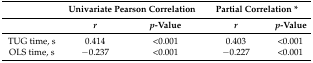
|  | <COLSPAN=2> Univariate Pearson Correlation | <COLSPAN=2> Partial Correlation * |
 |  | r | p-Value | r | p-Value |
 | --- | --- | --- | --- | --- |
 | TUG time, s | 0.414 | <0.001 | 0.403 | <0.001 |
 | OLS time, s | −0.237 | <0.001 | −0.227 | <0.001 |